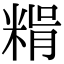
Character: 𥺳